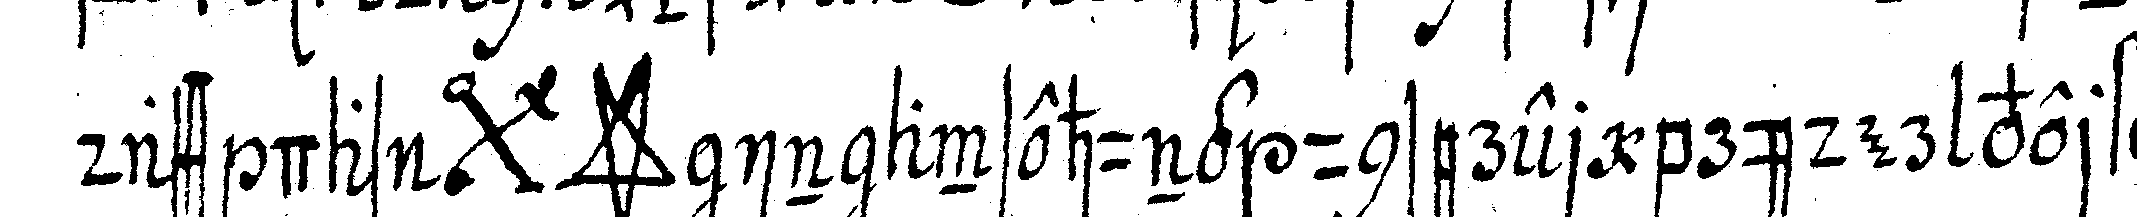
dass das *bigx* *star* in ansehung unserer brüder verflo